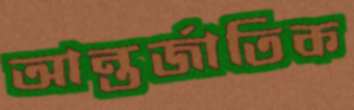
আন্তর্জাতিক